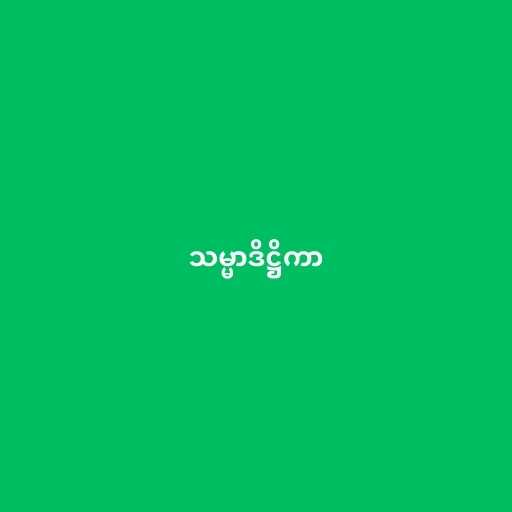
သမ္မာဒိဋ္ဌိကာ